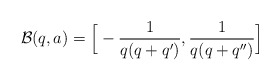
\begin{align*}\mathcal{B}(q,a)=\Big[-\frac{1}{q(q+q')},\frac{1}{q(q+q'')}\Big]\end{align*}